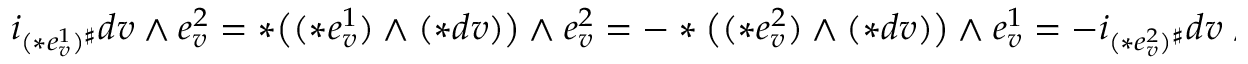
\begin{array} { r } { i _ { ( \ast e _ { v } ^ { 1 } ) ^ { \sharp } } d v \wedge e _ { v } ^ { 2 } = \ast \big ( ( \ast e _ { v } ^ { 1 } ) \wedge ( \ast d v ) \big ) \wedge e _ { v } ^ { 2 } = - \ast \big ( ( \ast e _ { v } ^ { 2 } ) \wedge ( \ast d v ) \big ) \wedge e _ { v } ^ { 1 } = - i _ { ( \ast e _ { v } ^ { 2 } ) ^ { \sharp } } d v \wedge e _ { v } ^ { 1 } . } \end{array}